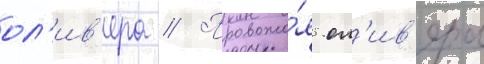
ол'ив'ера // Провожа́я ол'ив'ера